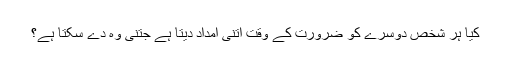
کیا ہر شخص دوسرے کو ضرورت کے وقت اتنی امداد دیتا ہے جتنی وہ دے سکتا ہے؟